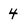
Character: 4